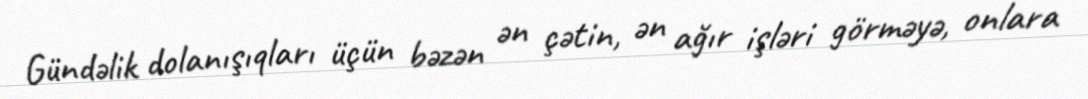
Gündəlik dolanışıqları üçün bəzən ən çətin, ən ağır işləri görməyə, onlara